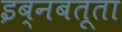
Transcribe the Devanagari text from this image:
इब्‍नबतूता